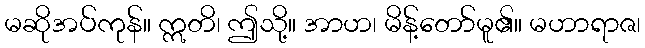
မဆိုအပ်ကုန်။ ဣတိ၊ ဤသို့။ အာဟ၊ မိန့်တော်မူ၏။ မဟာရာဇ၊